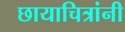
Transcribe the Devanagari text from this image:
छायाचित्रांनी